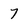
Character: 7